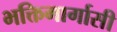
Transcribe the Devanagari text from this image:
भक्तिमार्गासी